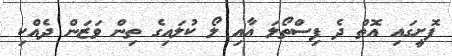
ފޮށީގައި އޮތް ދެ ފިސްތޯލަ އާއި ލޯ ކުލައިގެ ތިން ވަޒަން ދެއްކި